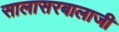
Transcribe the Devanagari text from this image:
सालासरबालाजी